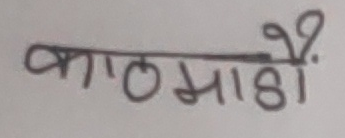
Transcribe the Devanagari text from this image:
काठमांडैं